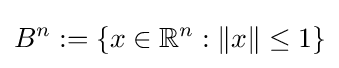
B^{n}:=\left\{x\in \mathbb {R} ^{n}:\|x\|\leq 1\right\}